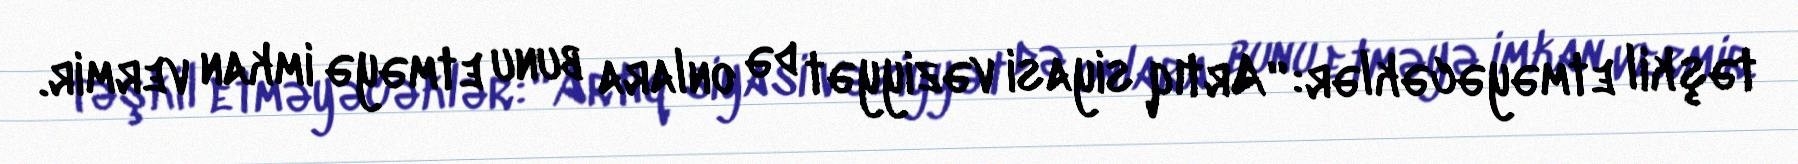
təşkil etməyəcəklər: “Artıq siyasi vəziyyət də onlara bunu etməyə imkan vermir.